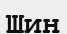
Шин